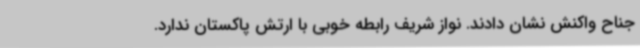
جناح واکنش نشان دادند. نواز شریف رابطه خوبی با ارتش پاکستان ندارد.